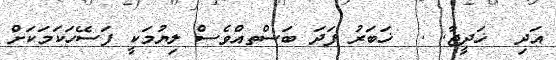
އަދި  ޚަދީޖާ